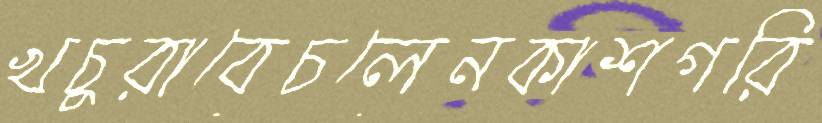
খচুরাবেচলেনকাশগরি